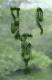
সুড়ুৎ